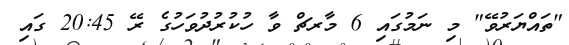
"ތައްޔަރުވޭ" މި ނަމުގައި 6 މާރޗް ވާ ހުކުރުދުވަހުގެ ރޭ 20:45 ގައި